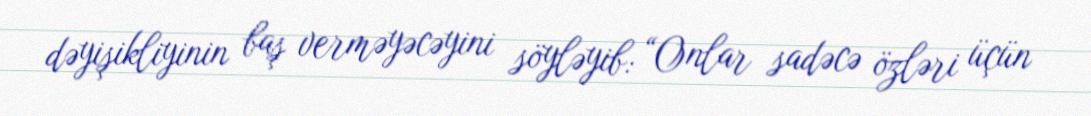
dəyişikliyinin baş verməyəcəyini söyləyib: “Onlar sadəcə özləri üçün